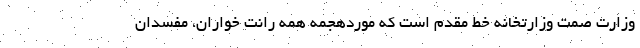
وزارت صمت وزارتخانه خط مقدم است که موردهجمه همه رانت خواران، مفسدان